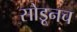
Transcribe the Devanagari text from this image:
सोडूनच